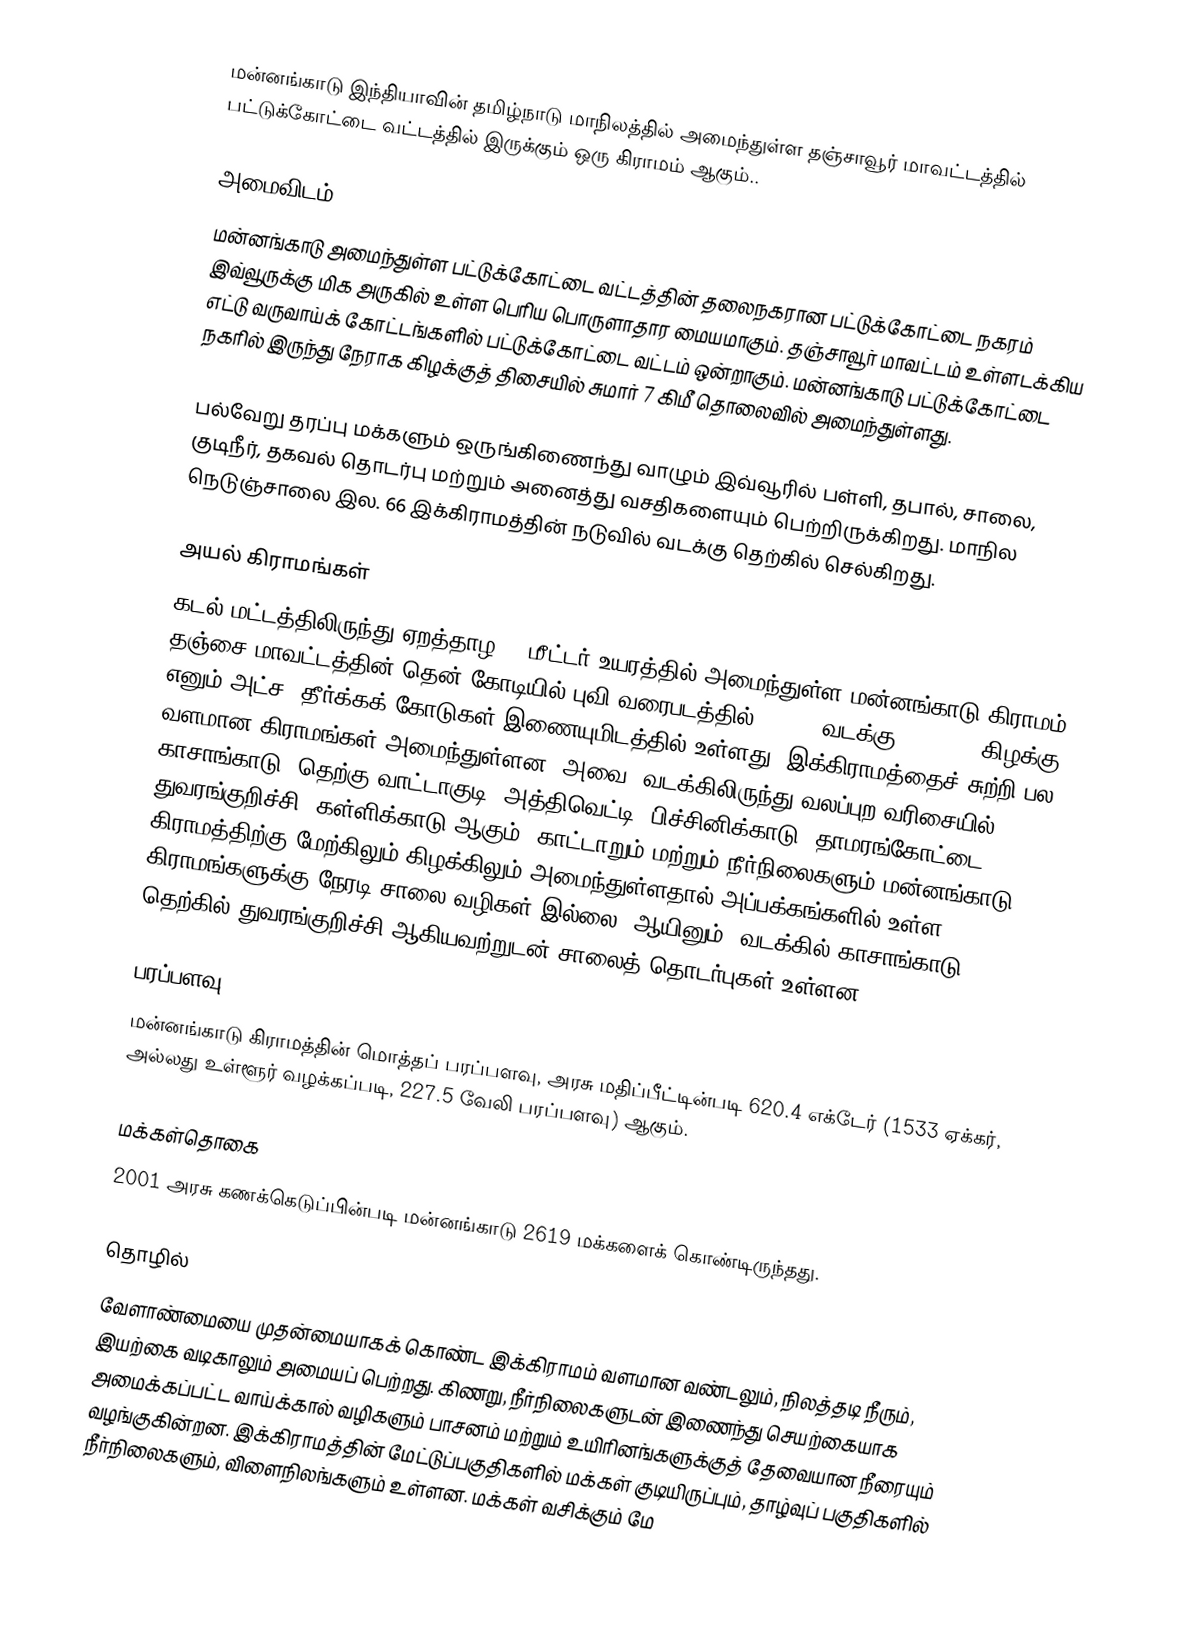
மன்னங்காடு   இந்தியாவின் தமிழ்நாடு மாநிலத்தில் அமைந்துள்ள தஞ்சாவூர் மாவட்டத்தில்  பட்டுக்கோட்டை வட்டத்தில் இருக்கும்  ஒரு கிராமம் ஆகும்..

அமைவிடம்
மன்னங்காடு அமைந்துள்ள பட்டுக்கோட்டை வட்டத்தின் தலைநகரான பட்டுக்கோட்டை நகரம் இவ்வூருக்கு மிக அருகில் உள்ள பெரிய பொருளாதார மையமாகும். தஞ்சாவூர் மாவட்டம் உள்ளடக்கிய எட்டு வருவாய்க் கோட்டங்களில் பட்டுக்கோட்டை வட்டம் ஒன்றாகும். மன்னங்காடு பட்டுக்கோட்டை நகரில் இருந்து நேராக கிழக்குத் திசையில் சுமார் 7 கிமீ தொலைவில் அமைந்துள்ளது.

பல்வேறு தரப்பு மக்களும் ஒருங்கிணைந்து வாழும் இவ்வூரில் பள்ளி, தபால், சாலை, குடிநீர், தகவல் தொடர்பு  மற்றும் அனைத்து வசதிகளையும் பெற்றிருக்கிறது. மாநில நெடுஞ்சாலை இல. 66 இக்கிராமத்தின் நடுவில் வடக்கு தெற்கில் செல்கிறது.

அயல் கிராமங்கள்
கடல் மட்டத்திலிருந்து ஏறத்தாழ 25 மீட்டர் உயரத்தில் அமைந்துள்ள மன்னங்காடு கிராமம் தஞ்சை மாவட்டத்தின் தென் கோடியில் புவி வரைபடத்தில்  10º25’ வடக்கு & 79º23’ கிழக்கு எனும் அட்ச, தீர்க்கக் கோடுகள் இணையுமிடத்தில் உள்ளது. இக்கிராமத்தைச் சுற்றி பல வளமான கிராமங்கள் அமைந்துள்ளன. அவை, வடக்கிலிருந்து வலப்புற வரிசையில், காசாங்காடு, தெற்கு வாட்டாகுடி, அத்திவெட்டி, பிச்சினிக்காடு, தாமரங்கோட்டை, துவரங்குறிச்சி, கள்ளிக்காடு ஆகும். காட்டாறும் மற்றும் நீர்நிலைகளும் மன்னங்காடு கிராமத்திற்கு மேற்கிலும் கிழக்கிலும் அமைந்துள்ளதால் அப்பக்கங்களில் உள்ள கிராமங்களுக்கு நேரடி சாலை வழிகள் இல்லை. ஆயினும், வடக்கில் காசாங்காடு, தெற்கில் துவரங்குறிச்சி ஆகியவற்றுடன் சாலைத் தொடர்புகள் உள்ளன.

பரப்பளவு
மன்னங்காடு கிராமத்தின் மொத்தப் பரப்பளவு, அரசு மதிப்பீட்டின்படி 620.4 எக்டேர் (1533 ஏக்கர், அல்லது உள்ளூர் வழக்கப்படி, 227.5 வேலி பரப்பளவு) ஆகும்.

மக்கள்தொகை
2001 அரசு கணக்கெடுப்பின்படி மன்னங்காடு 2619  மக்களைக் கொண்டிருந்தது.

தொழில்
வேளாண்மையை முதன்மையாகக் கொண்ட இக்கிராமம் வளமான வண்டலும், நிலத்தடி நீரும், இயற்கை வடிகாலும் அமையப் பெற்றது. கிணறு, நீர்நிலைகளுடன் இணைந்து செயற்கையாக அமைக்கப்பட்ட வாய்க்கால் வழிகளும் பாசனம் மற்றும் உயிரினங்களுக்குத் தேவையான நீரையும் வழங்குகின்றன. இக்கிராமத்தின் மேட்டுப்பகுதிகளில் மக்கள் குடியிருப்பும், தாழ்வுப் பகுதிகளில் நீர்நிலைகளும், விளைநிலங்களும் உள்ளன. மக்கள் வசிக்கும் மே